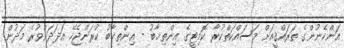
އަންހެނުންގެ ތަރައްޤީއަށް މަސައްކަތްކުރާ ކޮމިޓީގެ އިންތިޚާބު - އިންތިޚާބު ކުރަންޖެހޭ އަދަދަށްވުރެ މަދުން